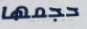
حجمها